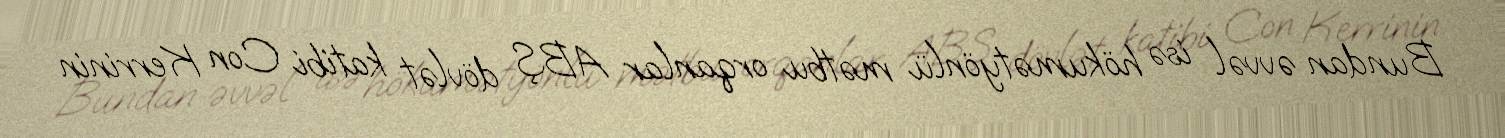
Bundan əvvəl isə hökumətyönlü mətbu orqanlar ABŞ dövlət katibi Con Kerrinin